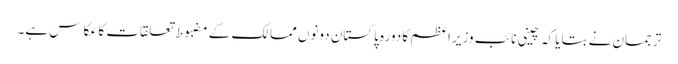
ترجمان نے بتایا کہ چینی نائب وزیراعظم کا دورہ پاکستان دونوں ممالک کے مضبوط تعلقات کا عکاس ہے۔